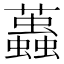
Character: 𧔴